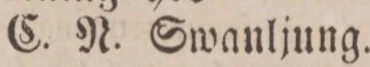
C. N. Swanljung.